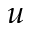
u